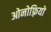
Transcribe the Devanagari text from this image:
ओनोफ़्रियो